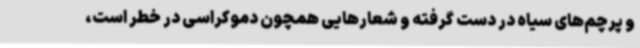
و پرچم‌های سیاه در دست گرفته و شعارهایی همچون دموکراسی در خطر است،